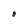
Character: o